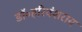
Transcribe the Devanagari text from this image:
डॉ॰हरिवंशराय